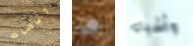
ومضات ف وأشياء